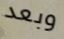
وبعد